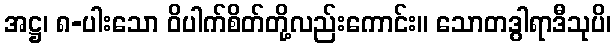
အဋ္ဌ၊ ၈-ပါးသော ဝိပါက်စိတ်တို့လည်းကောင်း။ သောတဒွါရာဒီသုပိ၊